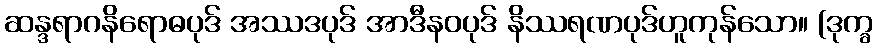
ဆန္ဒရာဂနိရောဓပုဒ် အဿဒပုဒ် အာဒီနဝပုဒ် နိဿရဏပုဒ်ဟူကုန်သော။ (ဒုက္ခ